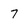
Character: 7